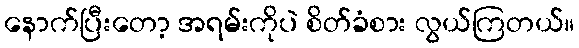
နောက်ပြီးတော့ အရမ်းကိုပဲ စိတ်ခံစား လွယ်ကြတယ်။